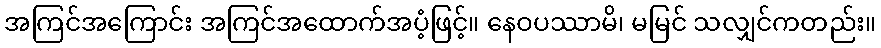
အကြင်အကြောင်း အကြင်အထောက်အပံ့ဖြင့်။ နေဝပဿာမိ၊ မမြင် သလျှင်ကတည်း။